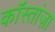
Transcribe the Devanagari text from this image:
कॉस्तांज़ा